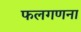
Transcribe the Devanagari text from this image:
फलगणना